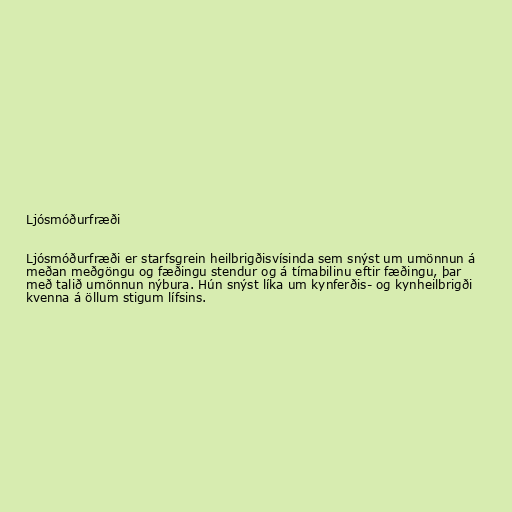
Ljósmóðurfræði

Ljósmóðurfræði er starfsgrein heilbrigðisvísinda sem snýst um umönnun á
meðan meðgöngu og fæðingu stendur og á tímabilinu eftir fæðingu, þar
með talið umönnun nýbura. Hún snýst líka um kynferðis- og kynheilbrigði
kvenna á öllum stigum lífsins.